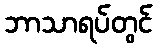
ဘာသာရပ်တွင်